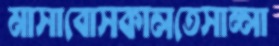
মাসাবোসকালতেসাম্‌লা